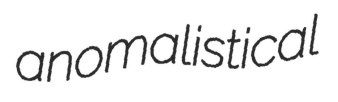
anomalistical